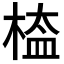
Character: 𣖁